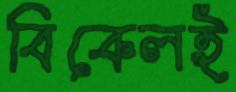
বিকেলই